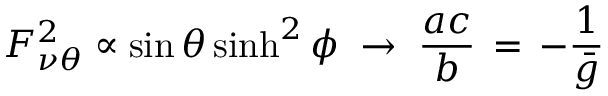
F _ { \nu \theta } ^ { 2 } \propto \sin \theta \sinh ^ { 2 } \phi \; \rightarrow \; \frac { a c } { b } \, = \, - \frac { 1 } { \bar { g } }